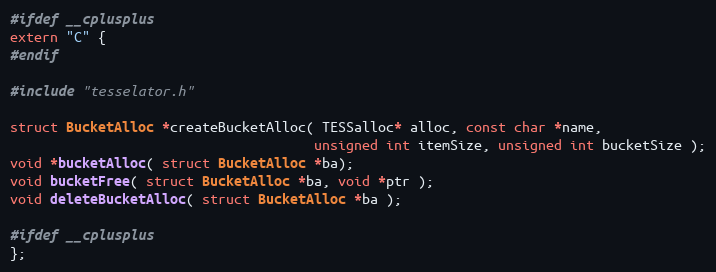
Language: C
#ifdef __cplusplus
extern "C" {
#endif

#include "tesselator.h"

struct BucketAlloc *createBucketAlloc( TESSalloc* alloc, const char *name,
									  unsigned int itemSize, unsigned int bucketSize );
void *bucketAlloc( struct BucketAlloc *ba);
void bucketFree( struct BucketAlloc *ba, void *ptr );
void deleteBucketAlloc( struct BucketAlloc *ba );

#ifdef __cplusplus
};